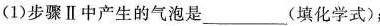
(1)步骤Ⅱ中产生的气泡是___(填化学式)；